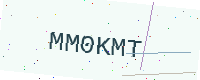
Text: MM0KMT